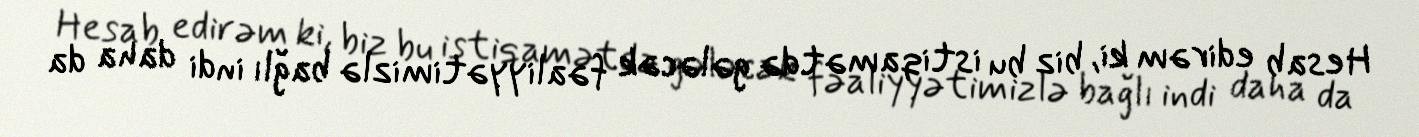
Hesab edirəm ki, biz bu istiqamətdə gələcək fəaliyyətimizlə bağlı indi daha da